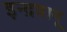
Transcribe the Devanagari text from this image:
इन्द्रवायू